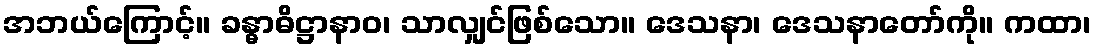
အဘယ်ကြောင့်။ ခန္ဓာဓိဋ္ဌာနာဝ၊ သာလျှင်ဖြစ်သော။ ဒေသနာ၊ ဒေသနာတော်ကို။ ကထာ၊